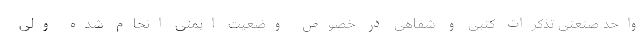
واحد صنعتی تذکرات کتبی و شفاهی در خصوص وضعیت ایمنی انجام شده ولی